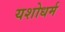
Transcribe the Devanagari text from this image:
यशोधर्म